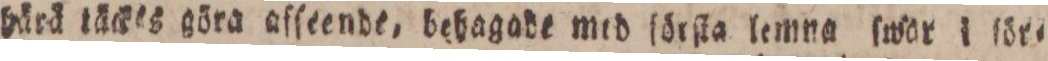
härä täckes göra afſeende, behagadt med ſörſta lemna ſwor i för=